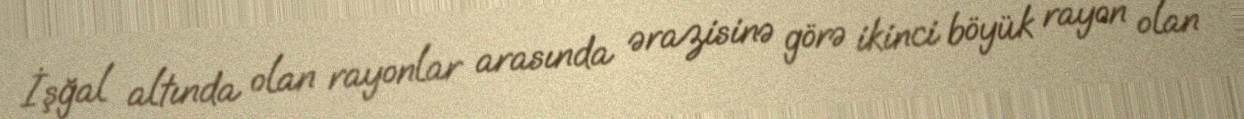
İşğal altında olan rayonlar arasında ərazisinə görə ikinci böyük rayon olan